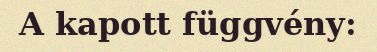
A kapott függvény: